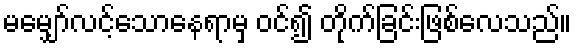
မမျှော်လင့်သောနေရာမှ ဝင်၍ တိုက်ခြင်းဖြစ်လေသည်။